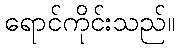
ရောင်ကိုင်းသည်။